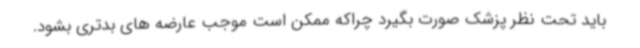
باید تحت نظر پزشک صورت بگیرد چراکه ممکن است موجب عارضه های بدتری بشود.